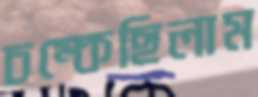
চম্‌কেছিলাম